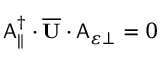
\begin{array} { r } { \mathsf { A } _ { \parallel } ^ { \dagger } \cdot \overline { { \mathbf { U } } } \cdot \mathsf { A } _ { \varepsilon \perp } = 0 } \end{array}